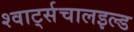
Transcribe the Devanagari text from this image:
श्वार्ट्सचालइल्ड